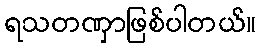
ရသတဏှာဖြစ်ပါတယ်။